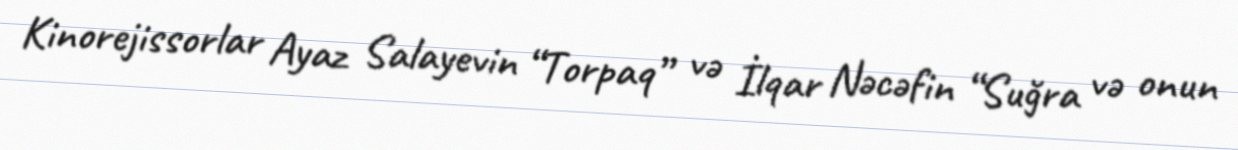
Kinorejissorlar Ayaz Salayevin “Torpaq” və İlqar Nəcəfin “Suğra və onun